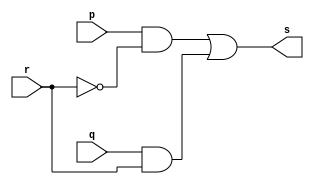
//-----------------------
//TP03 - 45142
//-----------------------

module multiplexador(output s, input p, input q, input r);

wire temp1, temp2, temp3;

not(temp3, r);
and(temp1, p, temp3);
and(temp2, q, r);
or (   s,temp1, temp2);

endmodule

module exemplo0032(output s, input p, input q, input chave);

wire temp1, temp2;

and(temp1, p, q);
or (temp2, p, q);
multiplexador MULT(s, temp1, temp2, chave);

endmodule

module testexemplo0032;
reg a, b, c;
wire s;

exemplo0032 Q02(s, a, b, c);

initial begin
a = 'b0;
b = 'b0;
c = 'b0;

#1$monitor("%3b %3b %3b = %3b", a, b, c, s);

#1a= 'b0;b= 'b0;c= 'b1;
#1a= 'b0;b= 'b1;c= 'b0;
#1a= 'b0;b= 'b1;c= 'b1;
#1a= 'b1;b= 'b0;c= 'b0;
#1a= 'b1;b= 'b0;c= 'b1;
#1a= 'b1;b= 'b1;c= 'b0;
#1a= 'b1;b= 'b1;c= 'b1;

end
endmodule